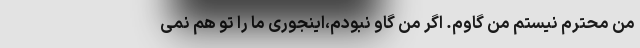
من محترم نیستم من گاوم. اگر من گاو نبودم،اینجوری ما را تو هم نمی‌